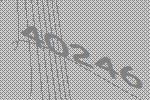
40246